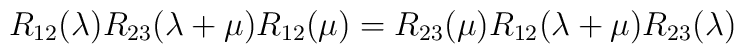
R_{12}(\lambda )R_{23}(\lambda +\mu )R_{12}(\mu )=R_{23}(\mu )R_{12}(\lambda+\mu )R_{23}(\lambda )